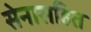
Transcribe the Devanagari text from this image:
सेनासहित